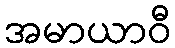
အမာယာဝီ